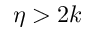
\eta > 2 k